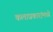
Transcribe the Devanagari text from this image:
कलाप्रकारांमध्ये